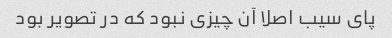
پای سیب اصلا آن چیزی نبود که در تصویر بود